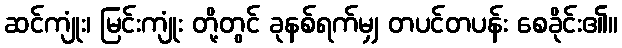
ဆင်ကျုံး၊ မြင်းကျုံး တို့တွင် ခုနစ်ရက်မျှ တပင်တပန်း စေခိုင်း၏။